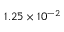
1 . 2 5 \times 1 0 ^ { - 2 }